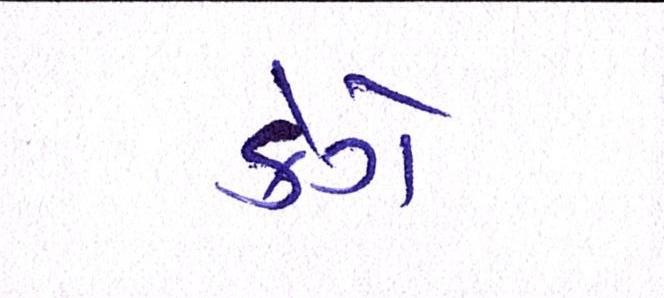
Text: કેગે